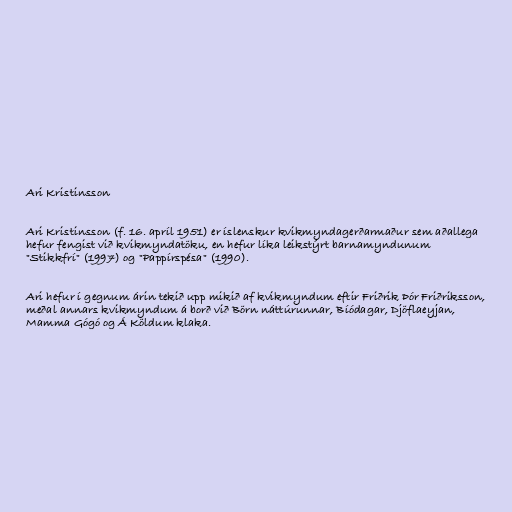
Ari Kristinsson

Ari Kristinsson (f. 16. apríl 1951) er íslenskur kvikmyndagerðarmaður sem aðallega
hefur fengist við kvikmyndatöku, en hefur líka leikstýrt barnamyndunum
"Stikkfrí" (1997) og "Pappírspésa" (1990).

Ari hefur í gegnum árin tekið upp mikið af kvikmyndum eftir Friðrik Þór Friðriksson,
meðal annars kvikmyndum á borð við Börn náttúrunnar, Bíódagar, Djöflaeyjan,
Mamma Gógó og Á Köldum klaka.